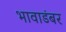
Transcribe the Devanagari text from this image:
भावाडंबर